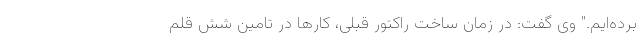
برده‌ایم." وی گفت: در زمان ساخت راکتور قبلی، کارها در تامین شش قلم